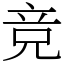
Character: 竞